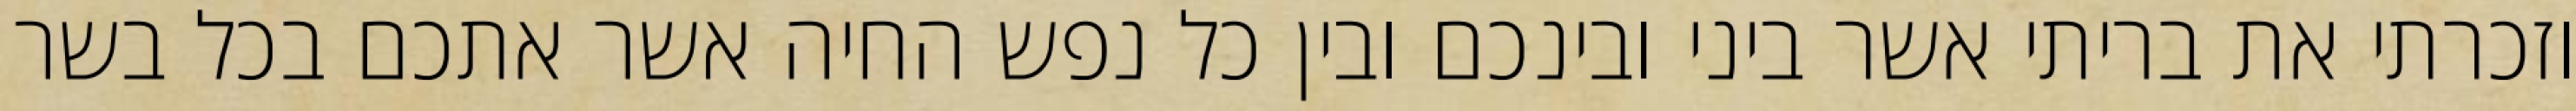
וזכרתי את בריתי אשר ביני ובינכם ובין כל נפש החיה אשר אתכם בכל בשר